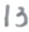
1 3